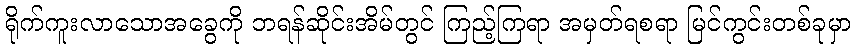
ရိုက်ကူးလာသောအခွေကို ဘရန်ဆိုင်းအိမ်တွင် ကြည့်ကြရာ အမှတ်ရစရာ မြင်ကွင်းတစ်ခုမှာ